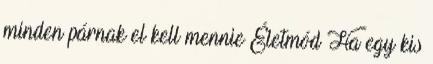
minden párnak el kell mennie Életmód Ha egy kis